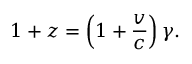
1 + z = \left( 1 + { \frac { v } { c } } \right) \gamma .